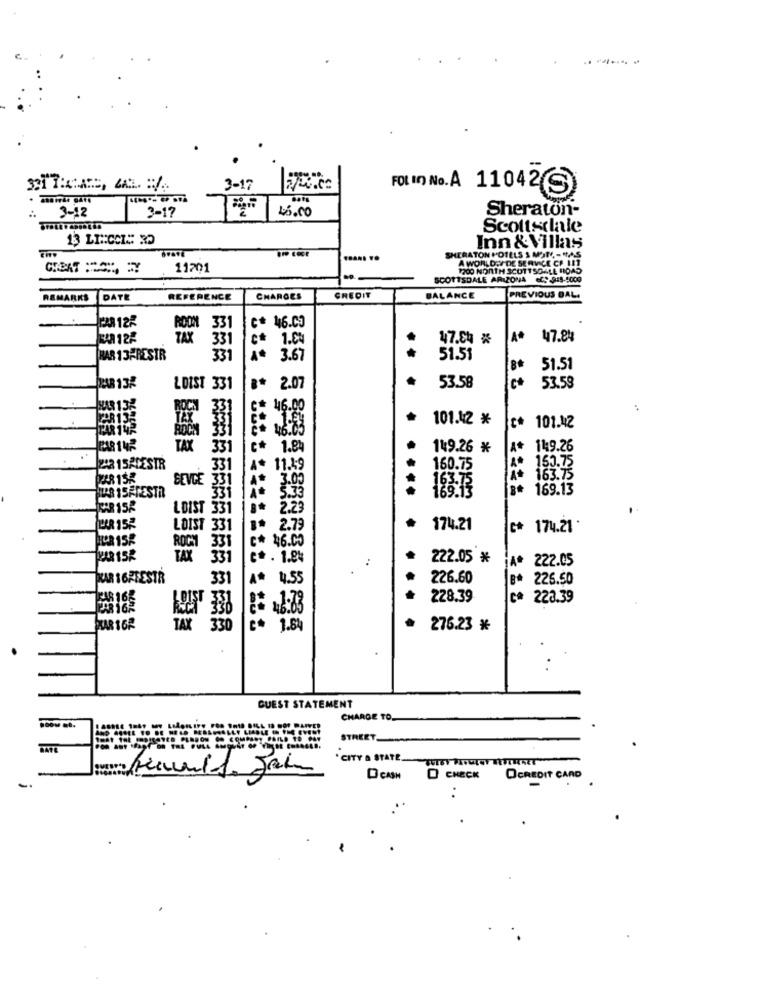
3-17
FOL In No. A 11042(S)
3-12
3-17
46.00
Sheraton-
Scottsdale
13 LIN:CCI: 30
Inn & Villas
A WORLD V DE SERVICE CP 1ET
ATON HOTELS & M'IN, - MAS
11201
1200 NORTH SCOTTSDALE ROAD
SCOTTSDALE ARIZONA CC. 955-5000
REMARKS
DATE
REFERENCE
CHARGES
CREDIT
BALANCE
PREVIOUS BAL.
33
46.03
TAX
331
1.04
47.84 #
A+
447.84
HAR 13PRESTR
331
3.67
51.51
8*
51.51
53.58
LOIST 331
2.07
53.59
MAR 135
46.00
101.42 *
101.12
PARTUR
TAX
331
1.8
14:9.26 *
A+
14:9.26
A* 150.75
2:3 15ADESTR
331
11.49
CO'S
160.75
POR 152
BEVDE
A+ 163.75
5.
169.13
169.13
TAR ISFFESTR
LDIST 331
LOIST
2.79
174.21
C* 174.21
16.00
ROCKY
35
TAX
331
1.8
222.05 *
222.05
PAR 16FFESTR
331
4.55
226.60
226.50
228.39
c* 223.39
1:33
TAX
1.64
276.23 *
GUEST STATEMENT
CHARGE TO.
STREET_
*CITY & STATE.
TUTBY TITULOY REUTHERET
DCAN D CHECK
OCREDIT CARD
..